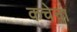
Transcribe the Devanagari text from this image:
कचेना